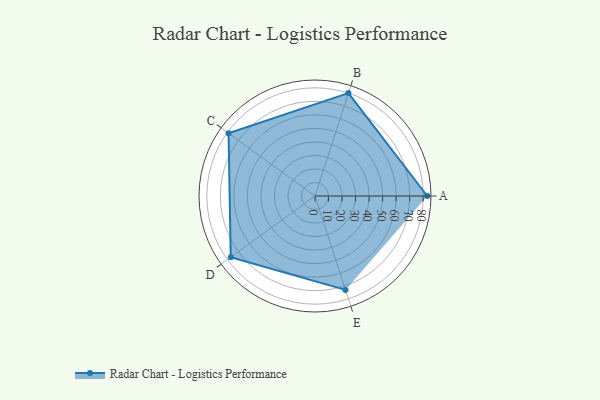
{"axis": {"x": "Skill", "y": "Score"}, "legend": ["Profile"], "data": [{"x": "A", "y": 83.0, "type": "Profile"}, {"x": "B", "y": 80.0, "type": "Profile"}, {"x": "C", "y": 79.0, "type": "Profile"}, {"x": "D", "y": 77.0, "type": "Profile"}, {"x": "E", "y": 73.0, "type": "Profile"}]}